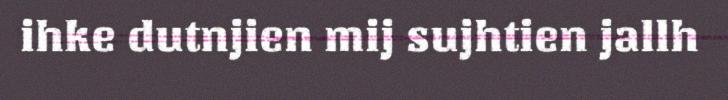
ihke dutnjien mij sujhtien jallh